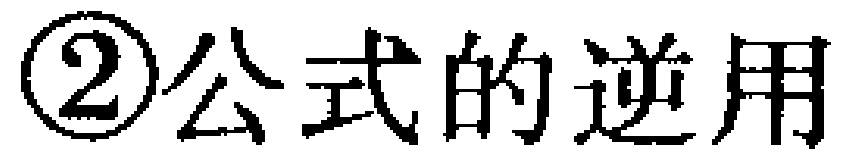
\textcircled{2}公式的逆用